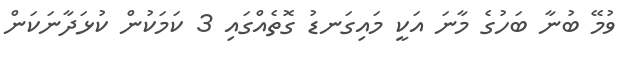
ވުމޭ ބުނާ ބަހުގެ މާނަ އަކީ މައިގަނޑު ގޮތެއްގައި 3 ކަމަކުން ކުޅަދާނަކަން